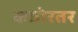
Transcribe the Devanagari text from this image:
कठोरतर